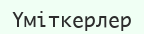
Үміткерлер